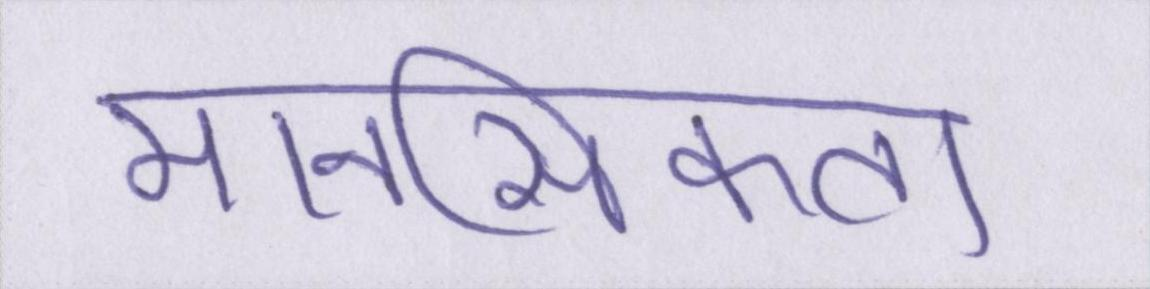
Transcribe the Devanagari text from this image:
मानसिकता